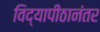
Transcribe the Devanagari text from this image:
विद्यापीठानंतर